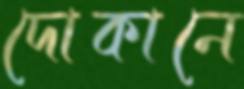
দোকানে